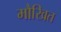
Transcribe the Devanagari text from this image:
मौखित